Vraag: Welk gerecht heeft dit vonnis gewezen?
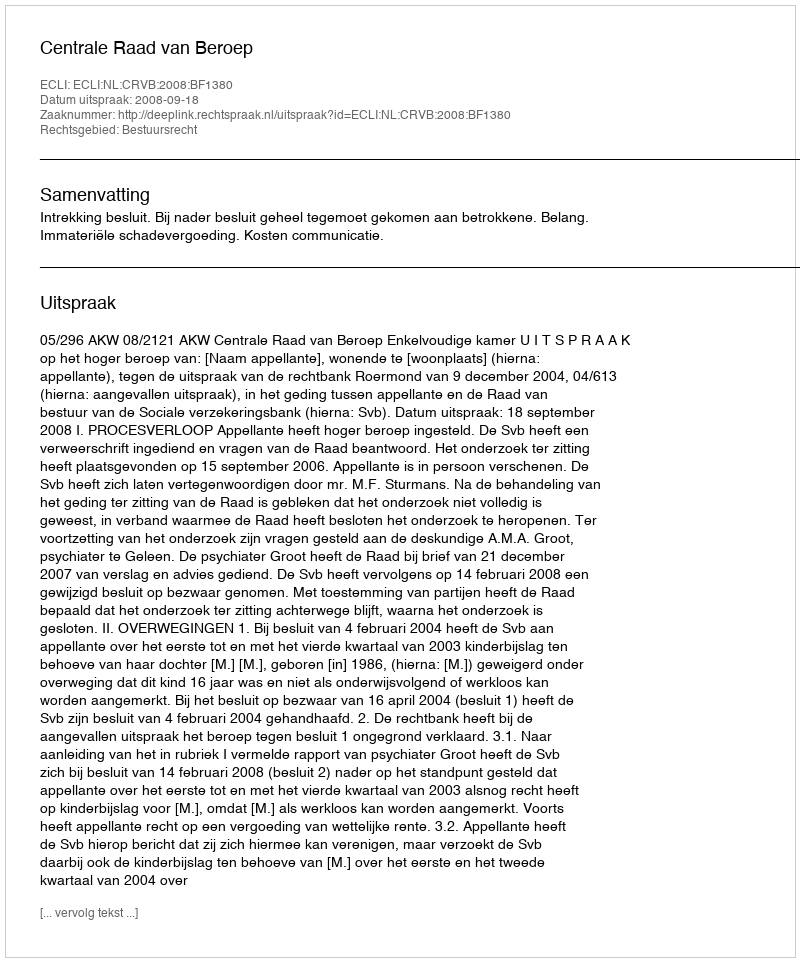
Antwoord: Centrale Raad van Beroep